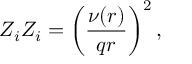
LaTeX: Z _ { i } Z _ { i } = \left( \frac { \nu ( r ) } { q r } \right) ^ { 2 } ,